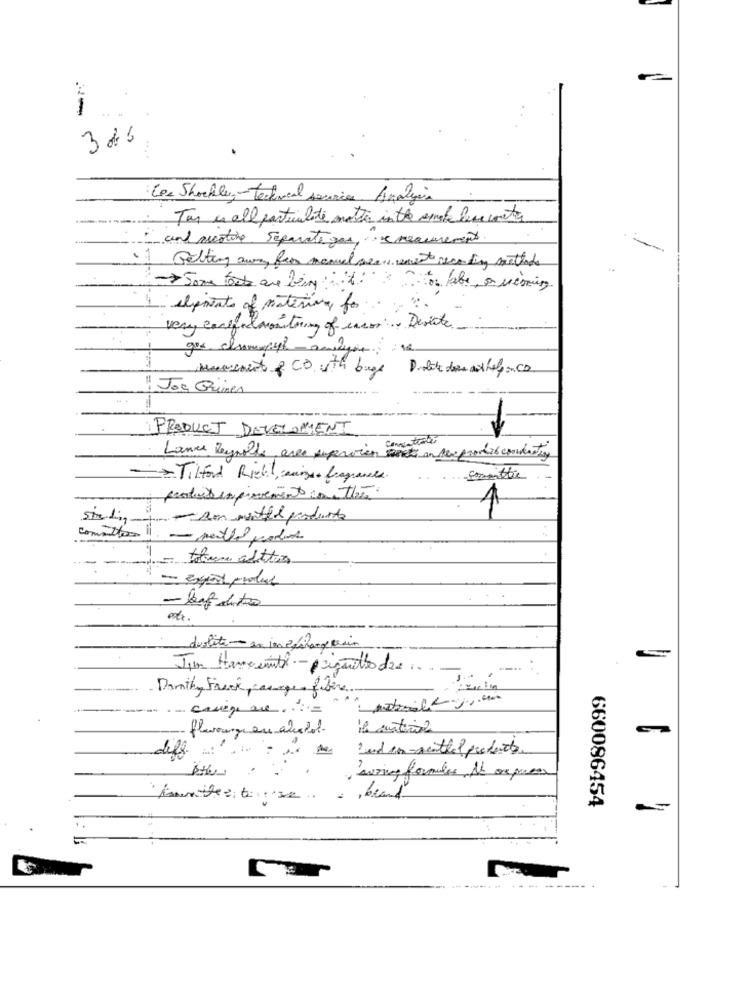
1 ..
3 86
Les Shockley-technical services Analysis
Tar us all particulate matter in the remote leve cortes
and nicotine Separate gos, . measurement.
1. Getting away from manuel seems mest recording methode
Some foot are being:it: tor ale, a semig
1 elportate of materia, for
very canfindmonitoring of encon ... Desiste
gos champipt andyine
: 12
Maarcourt & CD with bugs Diabete does nothelp on CD
Jos Grünen
PRODUCT DEVELOPMENT
Lance Reynolds, ares superwien und an derprovide conduction
-> Tilford Richt, amigos fragrances.
productempirement in the
committer !! - menthol podle
---
fatura adottun
- laf distro
duolite -- en innefalangesin
Dorthy Freak casages fibers.
.- carige se ....=
flavourge en alcohol.
diff.
------
Und con ponttal produits
...
j'airing formules Nb separar
660086454